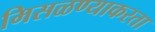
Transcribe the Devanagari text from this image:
मिसळण्याकरता